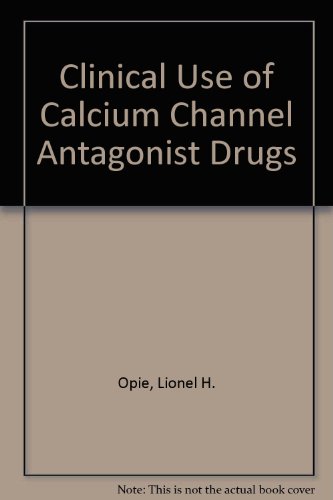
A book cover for Clinical Use of Calcium Channel Antagonist Drugs; Lionel H. Opie; Medical Books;